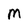
Character: m